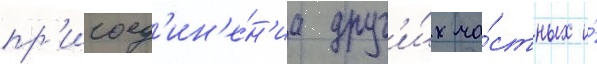
пр'исоед'ин'е́н'иа друг'и́х ча́стных и́